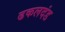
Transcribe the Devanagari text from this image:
ढकलदंड